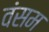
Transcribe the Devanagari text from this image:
वंसम